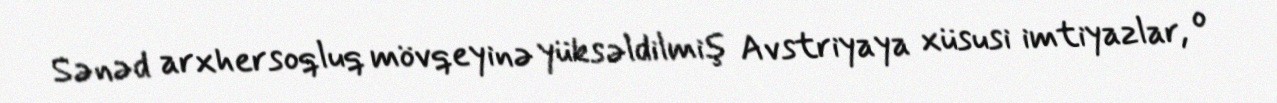
Sənəd arxhersoqluq mövqeyinə yüksəldilmiş Avstriyaya xüsusi imtiyazlar, o